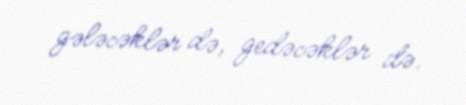
gələcəklər də, gedəcəklər də.